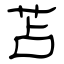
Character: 苫